Annual report on the Civil Veterinary Department, Burma (including the Insein Veterinary School) - 1923-1931
Year: 1923
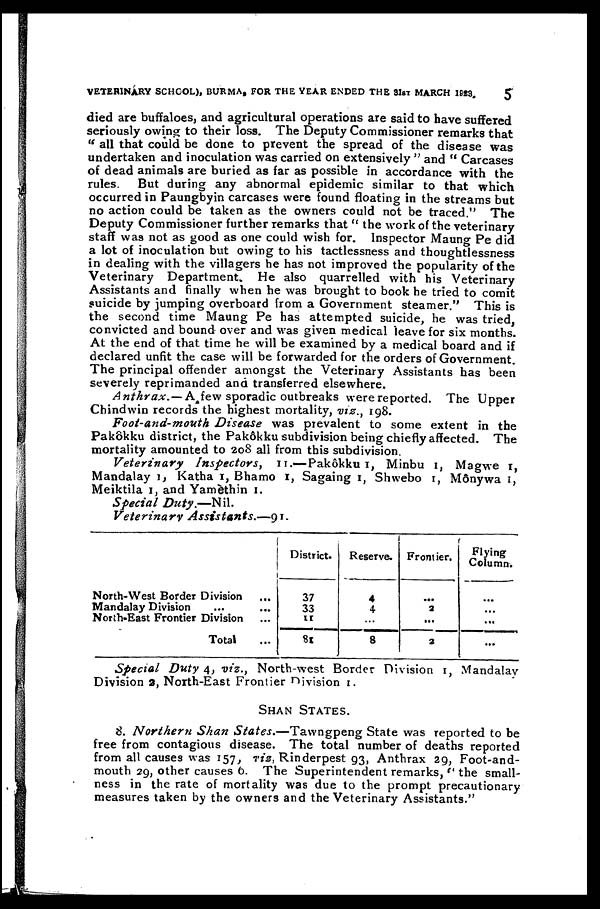
VETERINARY SCHOOL), BURMA, FOR THE YEAR ENDED THE 31ST MARCH 1983.
5
died are buffaloes, and agricultural operations are said to have suffered
seriously owing to their loss. The Deputy Commissioner remarks that
"all that could be done to prevent the spread of the disease was
undertaken and inoculation was carried on extensively " and " Carcases
of dead animals are buried as far as possible in accordance with the
rules. But during any abnormal epidemic similar to that which
occurred in Paungbyin carcases were found floating in the streams but
no action could be taken as the owners could not be traced." The
Deputy Commissioner further remarks that " the work of the veterinary
staff was not as good as one could wish for. Inspector Maung Pe did
a lot of inoculation but owing to his tactlessness and thoughtlessness
in dealing with the villagers he has not improved the popularity of the
Veterinary Department. He also quarrelled with his Veterinary
Assistants and finally when he was brought to book he tried to comit
suicide by jumping overboard from a Government steamer." This is
the second time Maung Pe has attempted suicide, he was tried,
convicted and bound over and was given medical leave for six months.
At the end of that time he will be examined by a medical board and if
declared unfit the case will be forwarded for the orders of Government.
The principal offender amongst the Veterinary Assistants has been
severely reprimanded and transferred elsewhere.
Anthrax. — A few sporadic outbreaks were reported. The Upper
Chindwin records the highest mortality, viz., 198.
Foot-and-mouth Disease was prevalent to some extent in the
Pakôkku district, the Pak6kku subdivision being chiefly affected. The
mortality amounted to 208 all from this subdivision.
Veterinary
Inspectors,
11.—Pakokku 1, Minbu 1, Magwe 1,
Mandalay 1, Katha 1, Bhamo 1, Sagaing 1, Shwebo 1, Mônywa 1,
Meiktila 1, and Yamèthin 1.
Special
Duty.—Nil.
Veterinary
Assistants.—91.
North-West Border Division
...
Mandalay Division ... ...
North-East Frontier Division ...
Total ...
District.
37
33
11
81
Reserve.
4
4
...
8
Frontier.
...
2
...
2
Flying
Column.
...
...
...
...
Special Duty 4, viz.. North-west Border Division 1, Mandalay
Division 2, North-East Frontier Division 1.
SHAN STATES.
8. Northern Shan States.—Tawngpeng
State was reported to be
free from contagious disease. The total number of deaths reported
from all causes was 157, viz, Rinderpest 93, Anthrax 29, Foot-and-
mouth 29, other causes 6. The Superintendent remarks, "the small-
ness in the rate of mortality was due to the prompt precautionary
measures taken by the owners and the Veterinary Assistants."